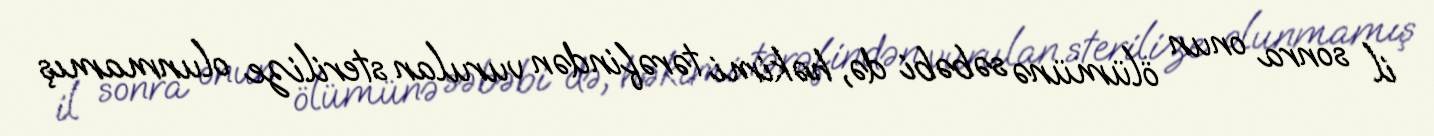
il sonra onun ölümünə səbəbi də, həkimi tərəfindən vurulan sterilize olunmamış